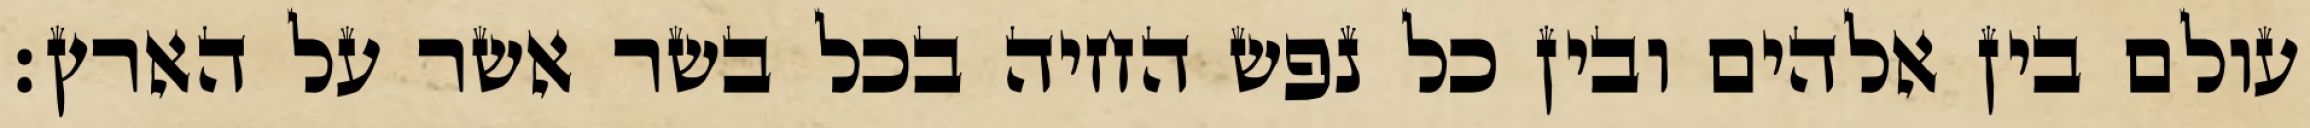
עולם בין אלהים ובין כל נפש החיה בכל בשר אשר על הארץ׃